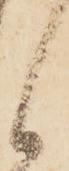
候